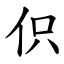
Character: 伿